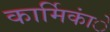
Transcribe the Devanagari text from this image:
कार्मिकांे